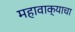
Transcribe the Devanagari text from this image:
महावाक्याचा